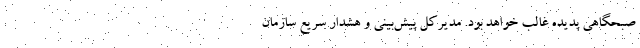
صبحگاهی پدیده غالب خواهد بود. مدیرکل پیش‌بینی و هشدار سریع سازمان